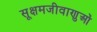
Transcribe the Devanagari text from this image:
सूक्षमजीवाणुओं